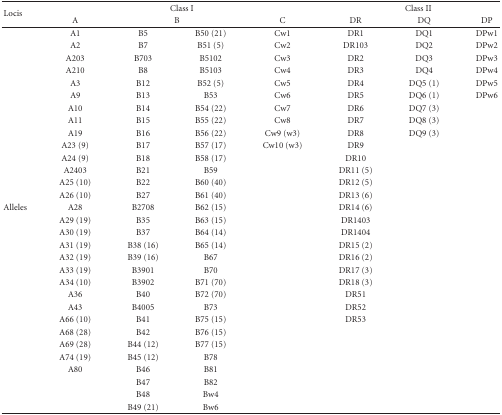
<table><thead><tr><td rowspan="2"><b>Locis</b></td><td colspan="4"><b>Class I</b></td><td colspan="3"><b>Class II</b></td></tr><tr><td><b>A</b></td><td colspan="2"><b>B</b></td><td><b>C</b></td><td><b>DR</b></td><td><b>DQ</b></td><td><b>DP</b></td></tr></thead><tbody><tr><td></td><td>A1</td><td>B5</td><td>B50 (21)</td><td>Cw1</td><td>DR1</td><td>DQ1</td><td>DPw1</td></tr><tr><td></td><td>A2</td><td>B7</td><td>B51 (5)</td><td>Cw2</td><td>DR103</td><td>DQ2</td><td>DPw2</td></tr><tr><td></td><td>A203</td><td>B703</td><td>B5102</td><td>Cw3</td><td>DR2</td><td>DQ3</td><td>DPw3</td></tr><tr><td></td><td>A210</td><td>B8</td><td>B5103</td><td>Cw4</td><td>DR3</td><td>DQ4</td><td>DPw4</td></tr><tr><td></td><td>A3</td><td>B12</td><td>B52 (5)</td><td>Cw5</td><td>DR4</td><td>DQ5 (1)</td><td>DPw5</td></tr><tr><td></td><td>A9</td><td>B13</td><td>B53</td><td>Cw6</td><td>DR5</td><td>DQ6 (1)</td><td>DPw6</td></tr><tr><td></td><td>A10</td><td>B14</td><td>B54 (22)</td><td>Cw7</td><td>DR6</td><td>DQ7 (3)</td><td></td></tr><tr><td></td><td>A11</td><td>B15</td><td>B55 (22)</td><td>Cw8</td><td>DR7</td><td>DQ8 (3)</td><td></td></tr><tr><td></td><td>A19</td><td>B16</td><td>B56 (22)</td><td>Cw9 (w3)</td><td>DR8</td><td>DQ9 (3)</td><td></td></tr><tr><td></td><td>A23 (9)</td><td>B17</td><td>B57 (17)</td><td>Cw10 (w3)</td><td>DR9</td><td></td><td></td></tr><tr><td></td><td>A24 (9)</td><td>B18</td><td>B58 (17)</td><td></td><td>DR10</td><td></td><td></td></tr><tr><td></td><td>A2403</td><td>B21</td><td>B59</td><td></td><td>DR11 (5)</td><td></td><td></td></tr><tr><td></td><td>A25 (10)</td><td>B22</td><td>B60 (40)</td><td></td><td>DR12 (5)</td><td></td><td></td></tr><tr><td></td><td>A26 (10)</td><td>B27</td><td>B61 (40)</td><td></td><td>DR13 (6)</td><td></td><td></td></tr><tr><td>Alleles</td><td> A28</td><td>B2708</td><td>B62 (15)</td><td></td><td>DR14 (6)</td><td></td><td></td></tr><tr><td></td><td>A29 (19)</td><td>B35</td><td>B63 (15)</td><td></td><td>DR1403</td><td></td><td></td></tr><tr><td></td><td>A30 (19)</td><td>B37</td><td>B64 (14)</td><td></td><td>DR1404</td><td></td><td></td></tr><tr><td></td><td> A31 (19)</td><td>B38 (16)</td><td>B65 (14)</td><td></td><td>DR15 (2)</td><td></td><td></td></tr><tr><td></td><td>A32 (19)</td><td>B39 (16)</td><td>B67</td><td></td><td>DR16 (2)</td><td></td><td></td></tr><tr><td></td><td>A33 (19)</td><td>B3901</td><td>B70</td><td></td><td>DR17 (3)</td><td></td><td></td></tr><tr><td></td><td>A34 (10)</td><td>B3902</td><td>B71 (70)</td><td></td><td>DR18 (3)</td><td></td><td></td></tr><tr><td></td><td>A36</td><td>B40</td><td>B72 (70)</td><td></td><td>DR51</td><td></td><td></td></tr><tr><td></td><td>A43</td><td>B4005</td><td>B73</td><td></td><td>DR52</td><td></td><td></td></tr><tr><td></td><td>A66 (10)</td><td>B41</td><td>B75 (15)</td><td></td><td>DR53</td><td></td><td></td></tr><tr><td></td><td>A68 (28)</td><td>B42</td><td>B76 (15)</td><td></td><td></td><td></td><td></td></tr><tr><td></td><td>A69 (28)</td><td>B44 (12)</td><td>B77 (15)</td><td></td><td></td><td></td><td></td></tr><tr><td></td><td> A74 (19)</td><td> B45 (12)</td><td>B78</td><td></td><td></td><td></td><td></td></tr><tr><td></td><td>A80</td><td>B46</td><td>B81</td><td></td><td></td><td></td><td></td></tr><tr><td></td><td></td><td>B47</td><td>B82</td><td></td><td></td><td></td><td></td></tr><tr><td></td><td></td><td>B48</td><td>Bw4</td><td></td><td></td><td></td><td></td></tr><tr><td></td><td></td><td>B49 (21)</td><td>Bw6</td><td></td><td></td><td></td><td></td></tr></tbody></table>